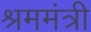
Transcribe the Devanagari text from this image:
श्रममंत्री